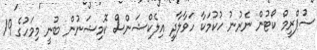
ސުޕްރީމް ކޯޓުން ނެރުނު ހުކުމަކާ ހަވާލާދީ އިލެކްޝަންސް ކޮމިޝަނުން ބުނީ މިމަހުގެ 19